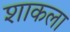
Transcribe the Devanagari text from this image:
शाकला